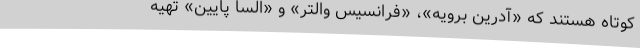
کوتاه هستند که «آدرین برویه»، «فرانسیس والتر» و «السا پایین» تهیه